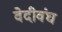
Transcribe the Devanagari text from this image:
वेदीवंघ